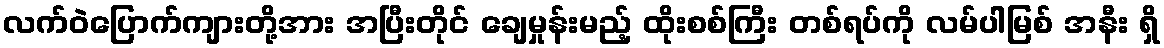
လက်ဝဲပြောက်ကျားတို့အား အပြီးတိုင် ချေမှုန်းမည့် ထိုးစစ်ကြီး တစ်ရပ်ကို လမ်ပါမြစ် အနီး ရှိ